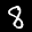
Label: 8